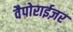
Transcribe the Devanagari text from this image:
वैपोराईज़र